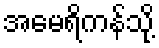
အမေရိကန်သို့